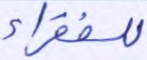
للفقراء